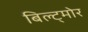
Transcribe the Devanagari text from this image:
बिल्ट्मोर